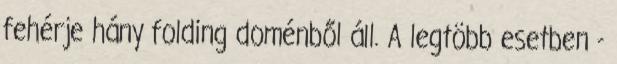
fehérje hány folding doménből áll. A legtöbb esetben -